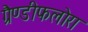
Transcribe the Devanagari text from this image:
ग्रैण्डीफलोरा